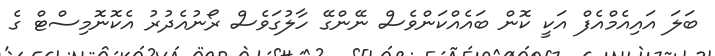
ބަލަ އައިއެމްއެފް އަކީ ކޮން ބައެއްކަންވެސް ނޭންގޭ ހާލުގަވެސް ރޯނުއެދުރު އެކޮނޮމިސްޓް ގެ